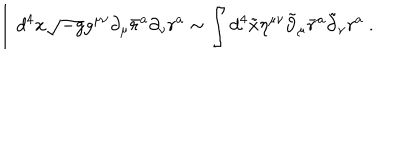
LaTeX: \int d ^ { 4 } x \sqrt { - g } g ^ { \mu \nu } \partial _ { \mu } \bar { r } ^ { a } \partial _ { \nu } r ^ { a } \sim \int d ^ { 4 } \tilde { x } \eta ^ { \mu \nu } \tilde { \partial } _ { \mu } \bar { r } ^ { a } \tilde { \partial } _ { \nu } r ^ { a } \ .